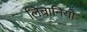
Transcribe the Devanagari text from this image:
लिबानियो